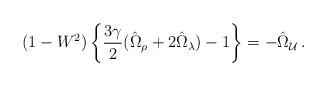
LaTeX: \begin{align*}(1-W^2)\left\{ \frac{3\gamma}{2}(\hat{\Omega}_\rho+2\hat{\Omega}_\lambda)-1\right\} = -\hat{\Omega}_{\cal U} \,.\end{align*}